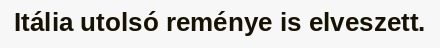
Itália utolsó reménye is elveszett.